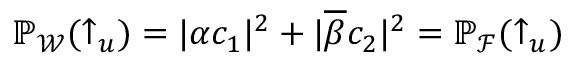
\mathbb { P } _ { \mathcal { W } } ( \uparrow _ { u } ) = \lvert \alpha c _ { 1 } \rvert ^ { 2 } + \lvert \overline { { \beta } } c _ { 2 } \rvert ^ { 2 } = \mathbb { P } _ { \mathcal { F } } ( \uparrow _ { u } )